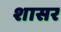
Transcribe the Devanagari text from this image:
शासर